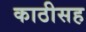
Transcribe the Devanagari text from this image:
काठीसह